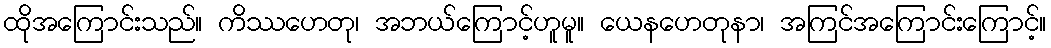
ထိုအကြောင်းသည်။ ကိဿဟေတု၊ အဘယ်ကြောင့်ဟူမူ။ ယေနဟေတုနာ၊ အကြင်အကြောင်းကြောင့်။